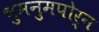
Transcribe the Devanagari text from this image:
चुमनुमपोर्न